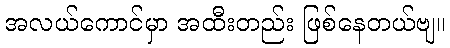
အလယ်ကောင်မှာ အထီးတည်း ဖြစ်နေတယ်ဗျ။